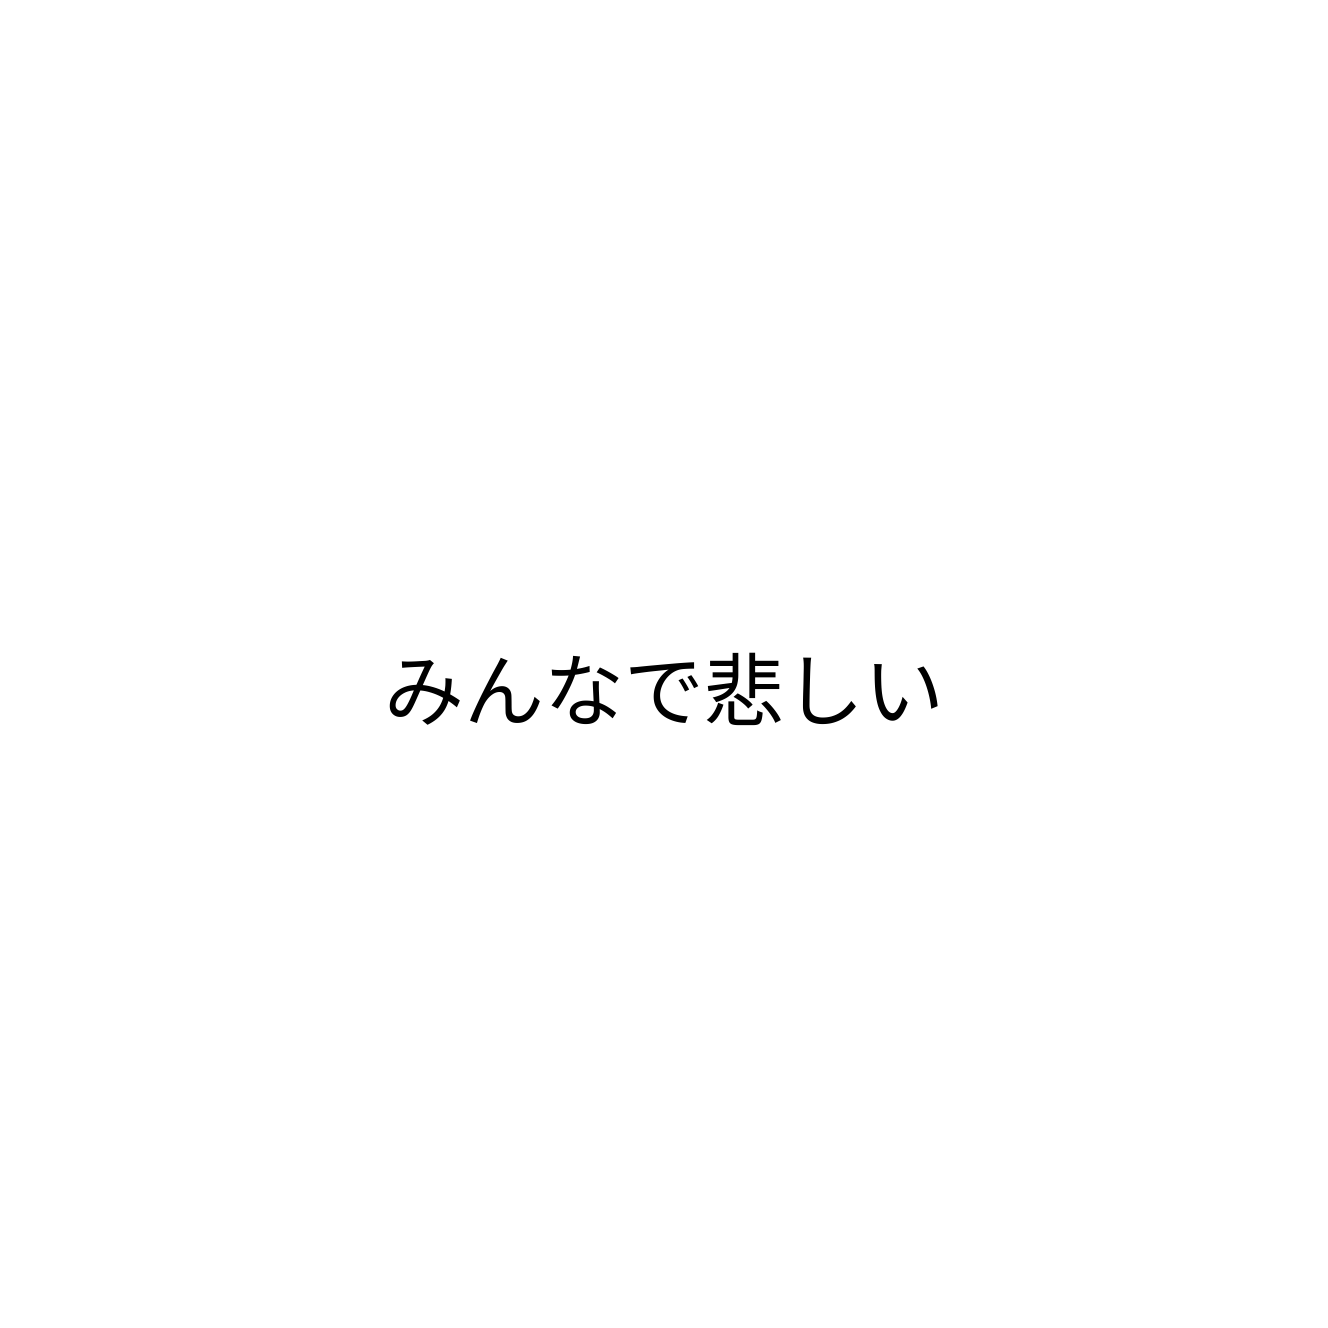
みんなで悲しい